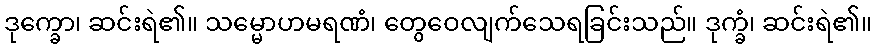
ဒုက္ခော၊ ဆင်းရဲ၏။ သမ္မောဟမရဏံ၊ တွေဝေလျက်သေရခြင်းသည်။ ဒုက္ခံ၊ ဆင်းရဲ၏။